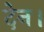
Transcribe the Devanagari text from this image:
देन।